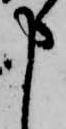
申